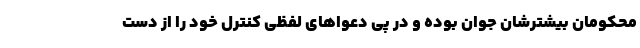
محکومان بیشترشان جوان بوده و در پی دعواهای لفظی کنترل خود را از دست